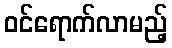
ဝင်ရောက်လာမည့်